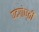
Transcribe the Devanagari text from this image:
पदगोष्ठी